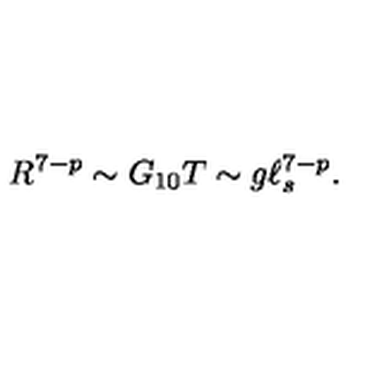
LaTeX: R ^ { 7 - p } \sim G _ { 1 0 } T \sim g \ell _ { s } ^ { 7 - p } .